Annual report of the Punjab Veterinary College and of the Civil Veterinary Department, Punjab - 1894-1908
Year: 1894
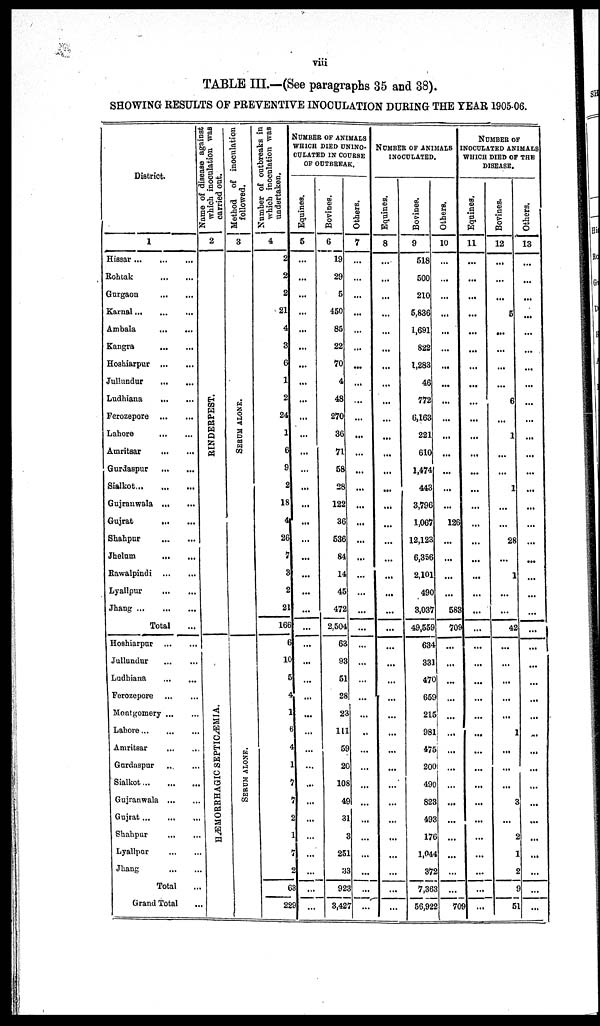
viii
TABLE III.—(See paragraphs 35 and 38).
SHOWING RESULTS OF PREVENTIVE INOCULATION DURING THE YEAR 190506.
District.
1
Hissar
Rohtak ... ...
Gurgaon ... ...
Karnal...
Ambala ... ...
Kangra
Hoshiarpur ...
Jullundur
Ludhiana
Ferozepore
Lahore ... ...
Amritsar ... ...
Gurdaspur ... ...
Sialkot ... ...
...
Gujranwala ... ...
Gujrat
...
...
Shahpur ... ...
Jhelum
Rawalpindi
Lyallpur
...
Jhang ...
Total ...
Hoshiarpur
Jullundur
Ladhiana
...
...
Ferozepore
Montgomery ...
Lahore...
Amritsar
Gurdaspur
Sialkot...
...
Gujranwala
Gujrat...
Shahpur ... ...
Lyallpar ... ...
Jhang ... ...
Total ...
Grand Total ..
N ame of disease against
which inoculation was
carried out.
2
RINDERPEST.
DÆMORRHAGIC SEPTICÆMIA.
Method of inoculation
followed.
3
SERUM ALONE.
SERUM ALONE.
Number of outbreaks in
which inoculation was
undertaken.
4
2
2
2
21
4
3
6
1
2
24
1
6
9
2
18
4
26
7
3
2
21
166
6
10
5
4
1
6
4
1
7
7
2
1
7
2
68
229
NUMBER OF ANIMALS
WHICH DIED UNINO-
CULATED IN COURSE
OF OUTBREAK.
Equines.
5
...
...
...
...
...
...
...
...
...
...
...
...
...
...
...
...
...
...
...
...
...
...
...
...
...
...
...
...
...
...
...
...
...
...
...
...
...
...
Bovines.
6
19
29
5
450
85
22
70
4
48
270
36
71
58
28
122
36
536
84
14
45
472
2,504
63
93
51
28
22
111
59
20
108
49
31
3
251
33
923
3,427
Others.
7
...
...
...
...
...
...
...
...
...
...
...
...
...
...
...
...
...
...
...
...
...
...
...
...
...
...
...
..
...
...
..
...
...
...
...
...
...
...
NUMBER OF ANIMALS
INCULATED.
Equines.
8
...
...
...
...
...
...
...
...
...
...
...
...
...
...
...
...
...
...
...
...
...
...
...
...
...
...
...
...
...
...
...
...
...
...
...
...
Bovines.
9
518
500
210
5,836
1,691
822
1,283
46
772
6,163
221
610
1,474
443
3,796
1,067
12,123
6,356
2,101
490
3,037
49,559
634
331
470
659
215
981
475
200
490
823
493
176
1,044
372
7,363
56,922
Others.
10
...
...
...
...
...
...
...
...
...
...
...
...
...
...
126
...
...
...
...
583
709
...
...
...
...
...
...
...
...
...
...
...
...
...
...
...
709
NUMBER
OF
INOCULATED ANIMALS
WHICH DIED OF THE
DISEASE.
Equines.
11
...
...
...
...
...
...
...
...
...
...
...
...
...
...
...
...
...
...
...
...
...
...
...
...
...
...
...
...
...
...
...
...
...
...
...
...
...
Bovines.
12
...
...
...
5
...
...
...
...
6
...
1
...
...
1
...
...
28
...
1
...
...
42
...
...
...
...
...
1
...
...
...
3
...
2
1
2
9
51
Others.
13
...
...
...
...
...
...
...
...
...
...
...
...
...
...
...
...
...
...
...
...
...
...
...
...
...
...
...
...
...
...
...
...
...
...
...
...
...
...